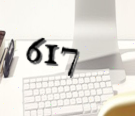
617